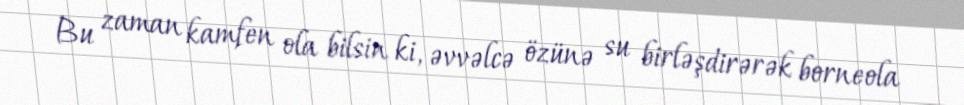
Bu zaman kamfen ola bilsin ki, əvvəlcə özünə su birləşdirərək borneola